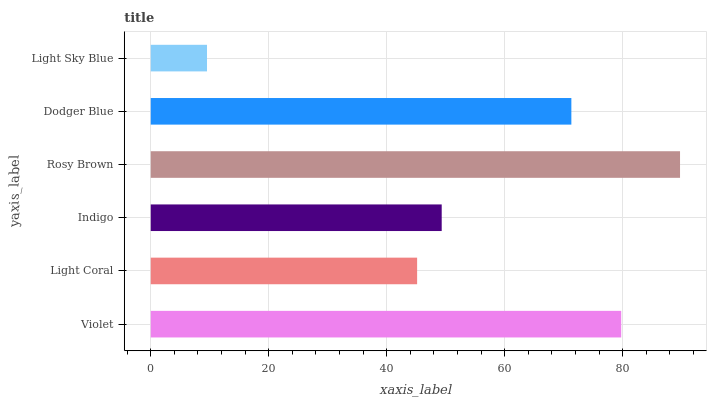
| yaxis_label | bars |
 | --- | --- |
 | Violet | 79.7 |
 | Light Coral | 45.2 |
 | Indigo | 49.3 |
 | Rosy Brown | 89.7 |
 | Dodger Blue | 71.3 |
 | Light Sky Blue | 9.54 |